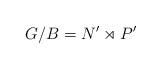
LaTeX: \begin{align*}G/B = N' \rtimes P'\end{align*}